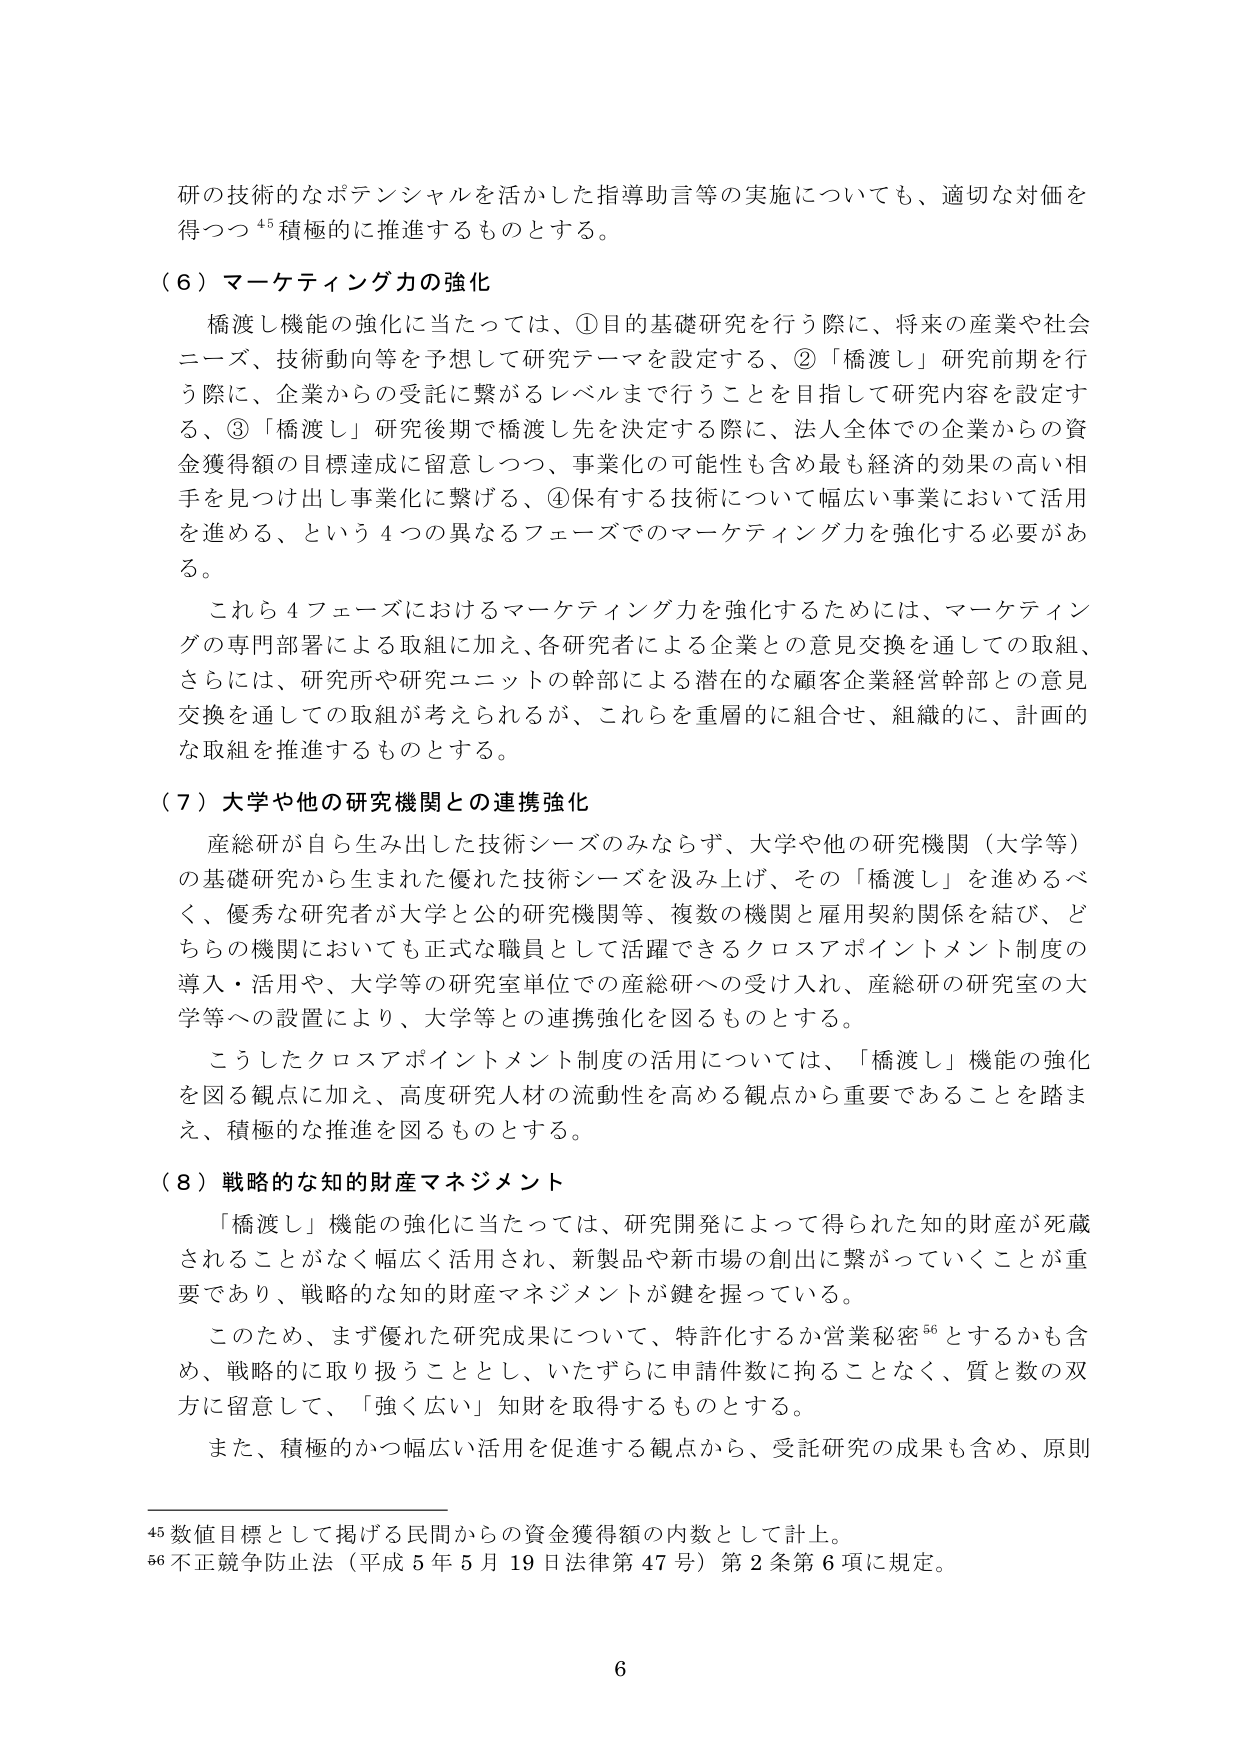
研の技術的なポテンシャルを活かした指導助言等の実施についても、適切な対価を得つつ⁴⁵積極的に推進するものとする。

（６）マーケティング力の強化

　橋渡し機能の強化に当たっては、①目的基礎研究を行う際に、将来の産業や社会ニーズ、技術動向等を予想して研究テーマを設定する、②「橋渡し」研究前期を行う際に、企業からの受託に繋がるレベルまで行うことを目指して研究内容を設定する、③「橋渡し」研究後期で橋渡し先を決定する際に、法人全体での企業からの資金獲得額の目標達成に留意しつつ、事業化の可能性も含め最も経済的効果の高い相手を見つけ出し事業化に繋げる、④保有する技術について幅広い事業において活用を進める、という４つの異なるフェーズでのマーケティング力を強化する必要がある。

　これら４フェーズにおけるマーケティング力を強化するためには、マーケティングの専門部署による取組に加え、各研究者による企業との意見交換を通じての取組、さらには、研究所や研究ユニットの幹部による潜在的な顧客企業経営幹部との意見交換を通じての取組が考えられるが、これらを重層的に組合せ、組織的に、計画的な取組を推進するものとする。

（７）大学や他の研究機関との連携強化

　産総研が自ら生み出した技術シーズのみならず、大学や他の研究機関（大学等）の基礎研究から生まれた優れた技術シーズを汲み上げ、その「橋渡し」を進めるべく、優秀な研究者が大学と公的研究機関等、複数の機関と雇用契約関係を結び、どちらの機関においても正式な職員として活躍できるクロスアポイントメント制度の導入・活用や、大学等の研究室単位での産総研への受け入れ、産総研の研究室の大学等への設置により、大学等との連携強化を図るものとする。

　こうしたクロスアポイントメント制度の活用については、「橋渡し」機能の強化を図る観点に加え、高度研究人材の流動性を高める観点から重要であることを踏まえ、積極的な推進を図るものとする。

（８）戦略的な知的財産マネジメント

　「橋渡し」機能の強化に当たっては、研究開発によって得られた知的財産が死蔵されることがなく幅広く活用され、新製品や新市場の創出に繋がっていくことが重要であり、戦略的な知的財産マネジメントが鍵を握っている。

　このため、まず優れた研究成果について、特許化するか営業秘密⁵⁶とするかも含め、戦略的に取り扱うこととし、いたずらに申請件数に拘ることなく、質と数の双方に留意して、「強く広い」知財を取得するものとする。

　また、積極的かつ幅広い活用を促進する観点から、受託研究の成果も含め、原則

⁴⁵ 数値目標として掲げる民間からの資金獲得額の内数として計上。

⁵⁶ 不正競争防止法（平成５年５月19日法律第47号）第2条第6項に規定。

6